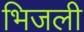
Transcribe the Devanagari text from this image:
भिजली